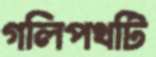
গলিপথটি